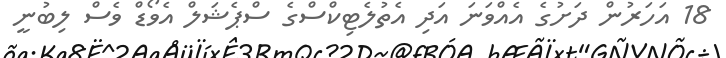
18 އަހަރުން ދަށުގެ އެއްވަނަ އަދި އެތުލެޓިކްސްގެ ސްޕެޝަލް އެވޯޑް ވެސް ލިބުނީ